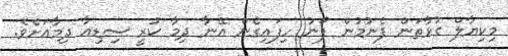
މިކިޔާލް ގުޅާތަން ފެނުމުން ފޯނު ހިފައިގެން އޭނާ ދިމާ ކުރީ ސިޑިއާ ދިމާއަށެވެ.